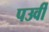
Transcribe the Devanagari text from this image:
पउर्वी